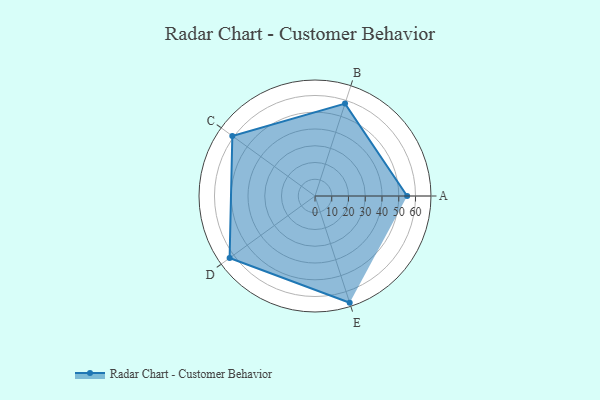
{"axis": {"x": "Skill", "y": "Score"}, "legend": ["Profile"], "data": [{"x": "A", "y": 55.0, "type": "Profile"}, {"x": "B", "y": 58.0, "type": "Profile"}, {"x": "C", "y": 61.0, "type": "Profile"}, {"x": "D", "y": 63.0, "type": "Profile"}, {"x": "E", "y": 67.0, "type": "Profile"}]}